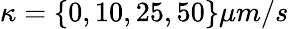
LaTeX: \kappa=\{ 0,10,25,50\} \mu m/s